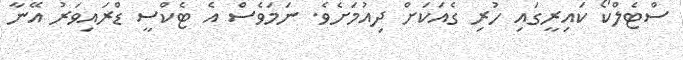
ސްޓެލްކޯ ކައިރީގައި ހުރި ގެއަކަށް ދިއުމަށެވެ. ނަމަވެސް އެ ޓެކްސީ ޑްރައިވަރު އޭނާ